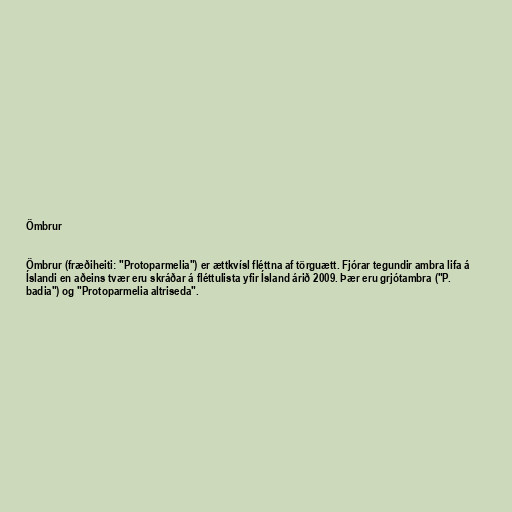
Ömbrur

Ömbrur (fræðiheiti: "Protoparmelia") er ættkvísl fléttna af törguætt. Fjórar tegundir ambra lifa á
Íslandi en aðeins tvær eru skráðar á fléttulista yfir Ísland árið 2009. Þær eru grjótambra ("P.
badia") og "Protoparmelia altriseda".